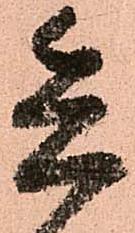
兵